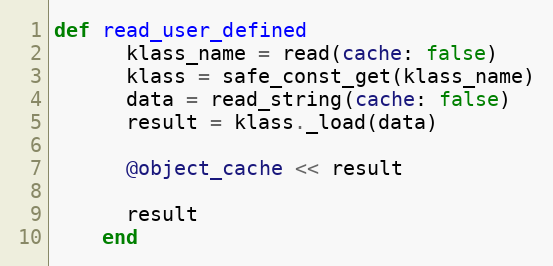
Language: Ruby
def read_user_defined
      klass_name = read(cache: false)
      klass = safe_const_get(klass_name)
      data = read_string(cache: false)
      result = klass._load(data)

      @object_cache << result

      result
    end